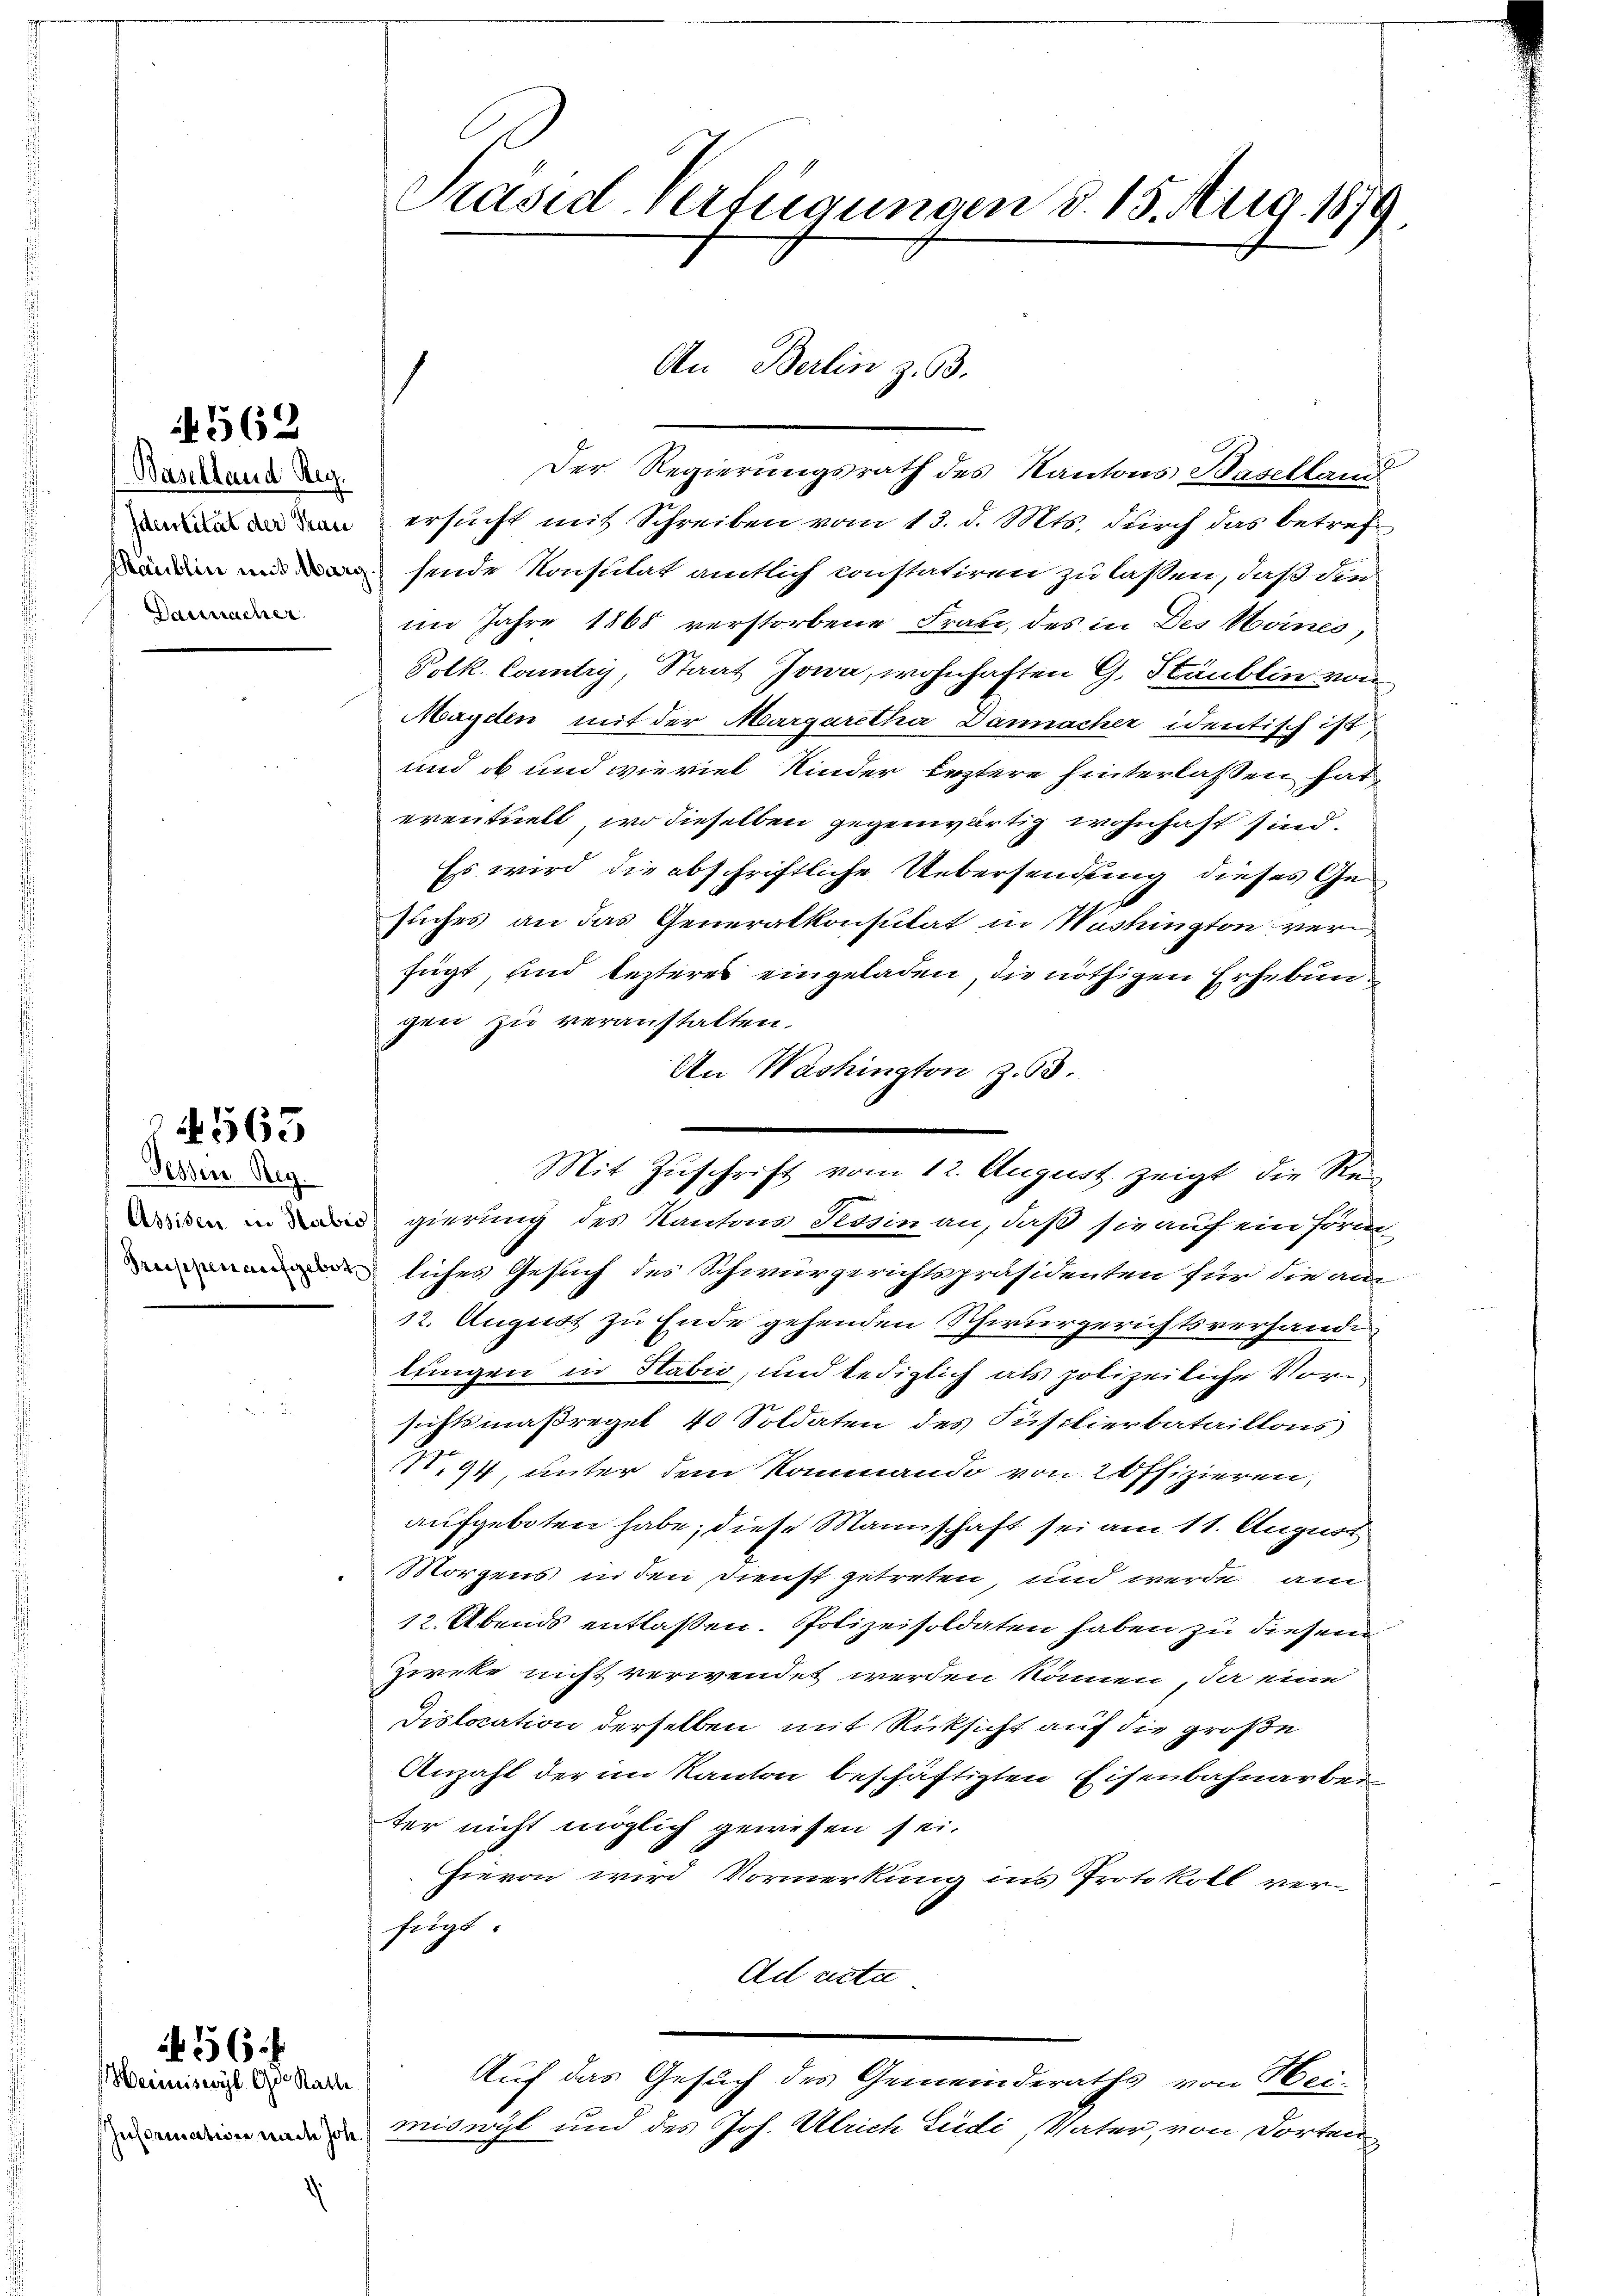
(Baselland Reg.
Identität der Trau
Dassnacher

4562

Fessen Reg.

N 565

Information nach Joh.

556 f
Heimiswyl. Gr. Rathe

Präsid-Verfügungen d. 15. Aug. 1879.

Der Regierungsrath des Kantons Baselland
ersucht mit Schreiben vom 13. d. Mts. durch das betref
 sinde Konsulat amtlich constatiren zu laßen, daß die
im Jahre 1865 verstorbene Frau, des in Des Heines
Polk. County, Staat Jowa, wohnhaften G. Stäublin von
Mayden mit der Margaretha Dannacher identisch ist,
und ob und wie viel Kinder leztere hinterlassen hat,
eventuell, wo dieselben gegenwärtig wohnhaft sind.
Es wird die abschriftliche Uebersendung dieses Gesuches an das Generalkonsulat in Washington verfügt, und lezteres eingeladen, die nöthigen Erhebungen zu veranstalten.
An Washington z. 58.
gierung des Kantons Tessin an, daß sie auf ein Form-
liches Gesuch des Schwurgerichtspräsidenten für die am
12. August zu Ende gehenden Schwurgerichtsverhände
lungen in Habio, und lediglich als polizeiliche Vorm
sichtsmaßregel 40 Soldaten des Justierbataillons
.44, unter dem Romando von 2 offizieren,
aufgeboten habe; diese Mannschaft sei am 11. August
Morgens in den Dienst getreten, und werde am
12. Abends entlaßen. Polizeisoldaten haben zu diesen
Zircke nicht verwendet werden können, da eine
Dislocation derselben mit Rücksicht auf die große
Anzahl der im Kanton beschäftigten Eisenbahnarbei
ter nicht möglich gewesen sei.
Hievon wird Vormerkung ins Protokoll ver-
fügt:
Ad acte
Auf das Gesuch des Gemeinderaths von Hei-
miswyl und des Joh. Ulrich Südi, Vater, von dorten

An Berlin z. B.

Mit Zuschrift vom 12. August zeigt die Re¬